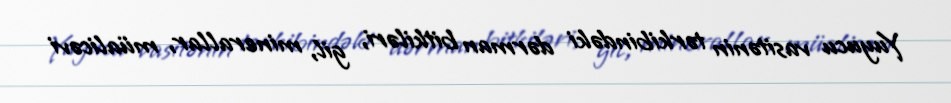
Yuyucu vasitənin tərkibindəki dərman bitkiləri, gil, minerallar, müalicəvi